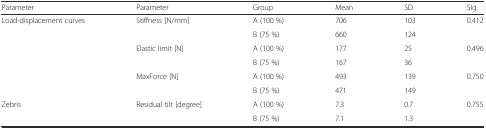
| Parameter | Parameter | Group | Mean | SD | Sig. |
 | --- | --- | --- | --- | --- | --- |
 | <ROWSPAN=6> Load-displacement curves | <ROWSPAN=2> Stiffness [N/mm] | A (100 %) | 706 | 103 | <ROWSPAN=2> 0.412 |
 | B (75 %) | 660 | 124 |
 | <ROWSPAN=2> Elastic limit [N] | A (100 %) | 177 | 25 | <ROWSPAN=2> 0.496 |
 | B (75 %) | 167 | 36 |
 | <ROWSPAN=2> MaxForce [N] | A (100 %) | 493 | 139 | <ROWSPAN=2> 0.750 |
 | B (75 %) | 471 | 149 |
 | <ROWSPAN=2> Zebris | <ROWSPAN=2> Residual tilt [degree] | A (100 %) | 7.3 | 0.7 | <ROWSPAN=2> 0.755 |
 | B (75 %) | 7.1 | 1.3 |